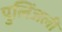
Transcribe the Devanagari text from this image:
पुलिंजली